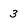
Character: 3